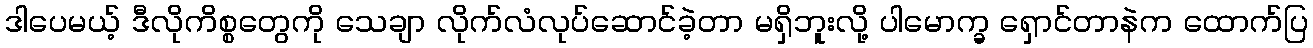
ဒါပေမယ့် ဒီလိုကိစ္စတွေကို သေချာ လိုက်လံလုပ်ဆောင်ခဲ့တာ မရှိဘူးလို့ ပါမောက္ခ ရှောင်တာနဲက ထောက်ပြ